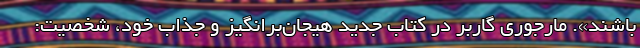
باشند». مارجوری گاربر در کتاب جدید هیجان‌برانگیز و جذاب خود، شخصیت: